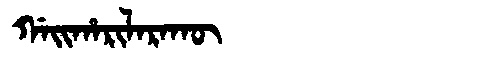
Manchu: ᡤᠠᡳᡥᠠᡵᡳᠯᠠᡵᠠᡴᡡ
Romanization: GAIHARILARAKŪ